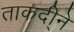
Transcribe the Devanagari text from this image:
ताकदी्ने